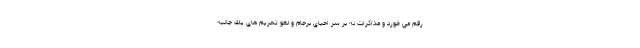
رقم مي خورد و مذاكرات نه بر سر احياي برجام و لغو تحريم هاي يك جانبه